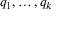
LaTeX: q _ { 1 } , \ldots , q _ { k }